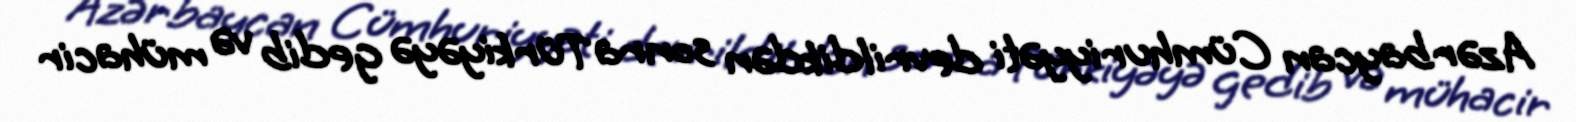
Azərbaycan Cümhuriyyəti devrildikdən sonra Türkiyəyə gedib və mühacir